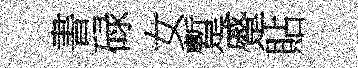
書碌女蹔蹙貼